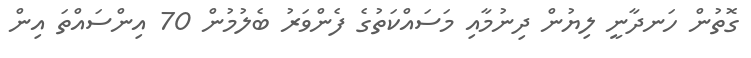
ގޮތުން ހަނދާނީ ލިޔުން ދިނުމާއި މަސައްކަތުގެ ފެންވަރު ބެލުމުން 70 އިންސައްތަ އިން